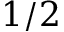
1 / 2